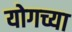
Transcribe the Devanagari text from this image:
योगच्या